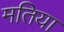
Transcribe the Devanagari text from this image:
मतिया